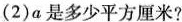
(2)a是多少平方厘米?